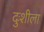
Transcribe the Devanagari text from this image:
दुःशीला